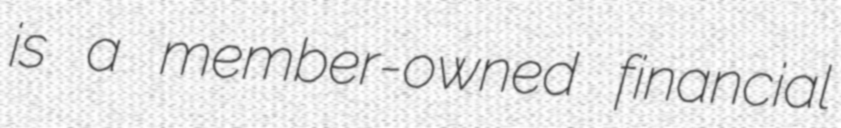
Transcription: is a member-owned financial